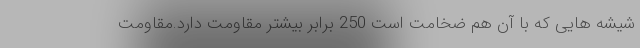
شیشه هایی که با آن هم ضخامت است 250 برابر بیشتر مقاومت دارد.مقاومت